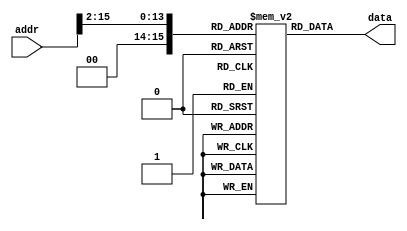
module mem (addr, data);

parameter DATA_WIDTH=32;
parameter ADDR_WIDTH=16; //modelsim not allowing memory 2^32
parameter SIZE=1<<ADDR_WIDTH; 

input [ADDR_WIDTH-1:0] addr;
output reg [DATA_WIDTH-1:0] data;

reg [DATA_WIDTH-1:0] mem [SIZE-1:0];

always @(*) begin
	data = mem[addr>>2];	//Emulate byte addressible memory at 4 byte boundry
end

endmodule

// Byte aligned 32 bit access
/*
* TODO : create memory controller and proper interface
*        handle unaligned access
*/
module data_memory (addr, 
			data_in, 
			en, 
			access_mode, 
			data_out);

input [31:0] addr;
input [31:0] data_in;
input [1:0] access_mode;
input en;

output reg [31:0] data_out;
wire [31:0] data_out_w;

reg [7:0] dmem [(1<<16) -1 :0];

parameter READ=2'b00;
parameter WRITE_B=2'b01;
parameter WRITE_HW=2'b10;
parameter WRITE_W=2'b11;

// Read and write
always @(*) begin
	if ( en) begin
		case (access_mode)
			READ: data_out = {dmem[addr[15:0]+3], dmem[addr[15:0]+2], dmem[addr[15:0]+1], dmem[addr[15:0]]};   // Little endian data store
			WRITE_B : dmem[addr[15:0]] = data_in[7:0];
			WRITE_HW : {dmem[addr[15:0]+1], dmem[addr[15:0]]} = data_in[15:0];
			WRITE_W : {dmem[addr[15:0]+3], dmem[addr[15:0]+2], dmem[addr[15:0]+1], dmem[addr[15:0]]} = data_in;
		endcase
	end else begin
		data_out = data_out;
	end
end

endmodule